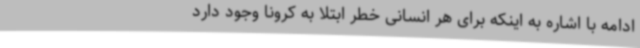
ادامه با اشاره به اینکه برای هر انسانی خطر ابتلا به کرونا وجود دارد